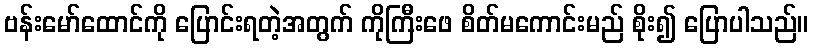
ဗန်းမော်ထောင်ကို ပြောင်းရတဲ့အတွက် ကိုကြီးဖေ စိတ်မကောင်းမည် စိုး၍ ပြောပါသည်။